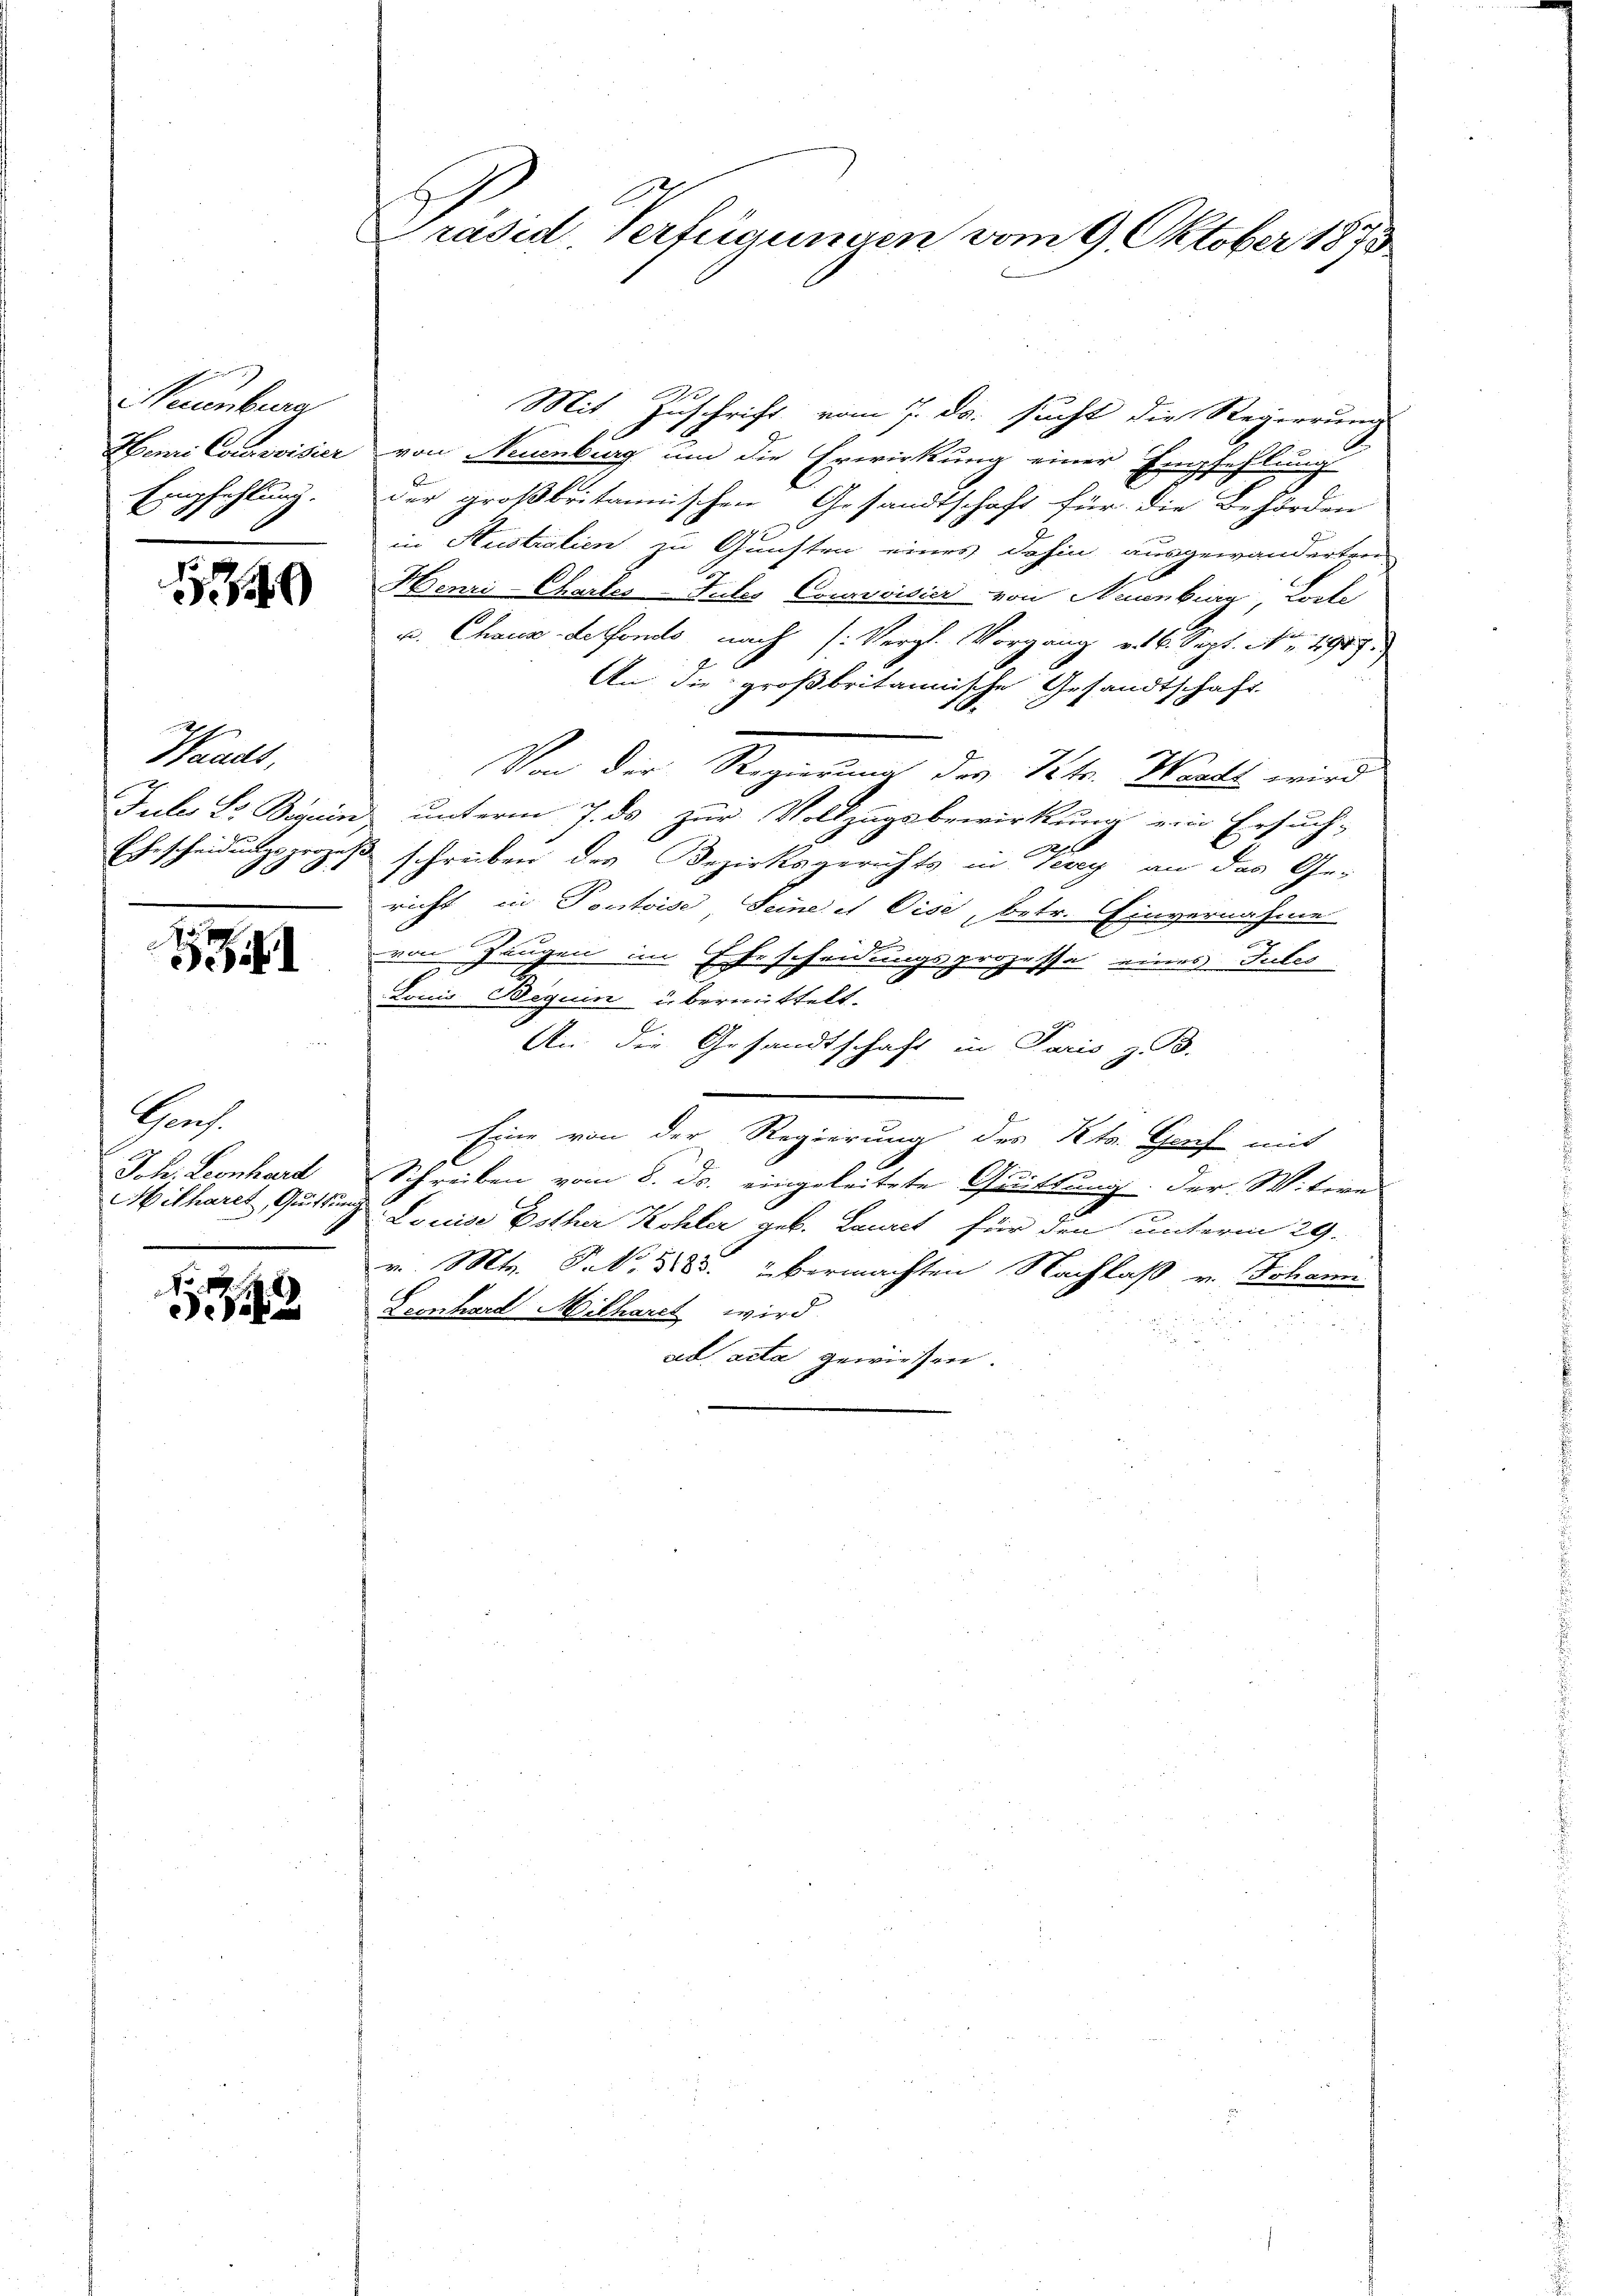
euenburg
Empfehlung.

1340

Waadt,

41

Graf
Joh. Leonhard
Milharet, Quittun

1

Präsid. Verfügungen vom 9. Oktober 1873

Mit Zuschrift vom 7. ds. sucht die Regierung
Henri Convisier von Neuenburg um die Erwirkung einer Empfehlung
der großbritannischen Gesandtschaft für die Behörden
in Australien zu Gunsten eines dahin ausgewanderten
Henri Chartes Tutes Courvoisier von Neuenburg Loste
u. Chaus defonito nach (: Vergl. Vorgang v. 16. Sept. No. 1907.
An die großbritannische Gesandtschaft
Von der Regierung des Kts. Waadt wird
Juler L. Beguin unterm 7. ds zur Vollzugsbewirkung ein Ersuch-
x
Ehescheidungsprozeß schreiben des Bezirksgerichts in Vevey an das Ge-
richt in Pontoise, Seine et Vise, betr. Einvernahme
von Zeugen im Ehescheidungsprozesse eines Julis
Louis Beguin übermittelt.
An die Gesandtschaft in Paris z. B.
Eine von der Regierung des Kts. Nach mit
Schreiben vom 8. ds. eingeleitete Quittung. Der Witire
 Louise Bother Kohler geb. Lauret für den unterm 29.
v. Mts. Frk. 588. übermachten Nachlaß v. Johann
Lernhard Milhardt wird
ad acta gewiesen.